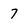
Character: 7